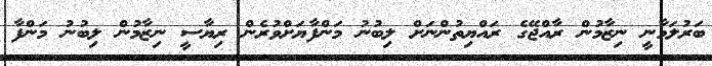
ބަރުލަމާނީ ނިޒާމުން ރާއްޖޭގެ ރައްޔިތުންނަށް ލިބުނު މަންފާޔަށްވުރެން ރިޔާސީ ނިޒާމުން ލިބުނު މަންފާ